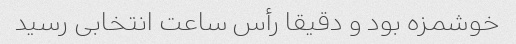
خوشمزه بود و دقیقا رأس ساعت انتخابی رسید